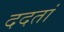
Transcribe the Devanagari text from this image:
ददतां